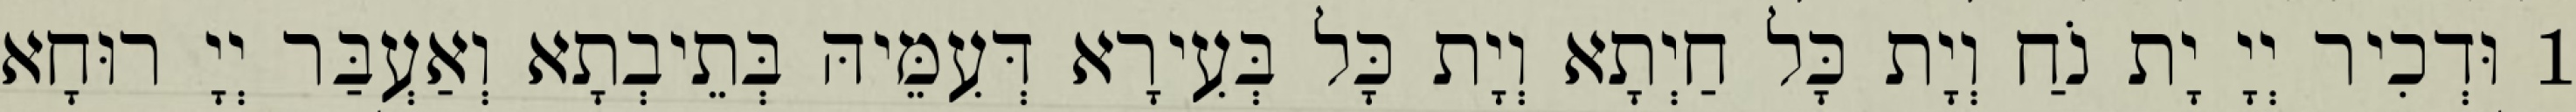
1 וּדְכִיר יְיָ יָת נֹחַ וְיָת כָּל חַיְתָא וְיָת כָּל בְּעִירָא דְּעִמֵּיהּ בְּתֵיבְתָא וְאַעְבַּר יְיָ רוּחָא